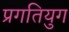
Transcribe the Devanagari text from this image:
प्रगतियुग